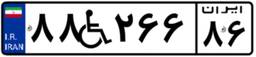
۸۸W۲۶۶۸۶